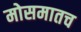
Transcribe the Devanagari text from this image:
मोसमातच